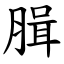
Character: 䐕